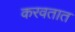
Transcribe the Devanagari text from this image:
करवतात